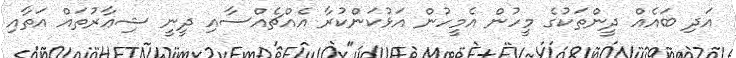
އަދި ބައެއް ދީންތަކުގެ މީހުން އެމީހުން އަޅުކަންކުރާ އެއްޗެއްސާއި ދީނީ ޝިޢާރުތައް އަތާއި